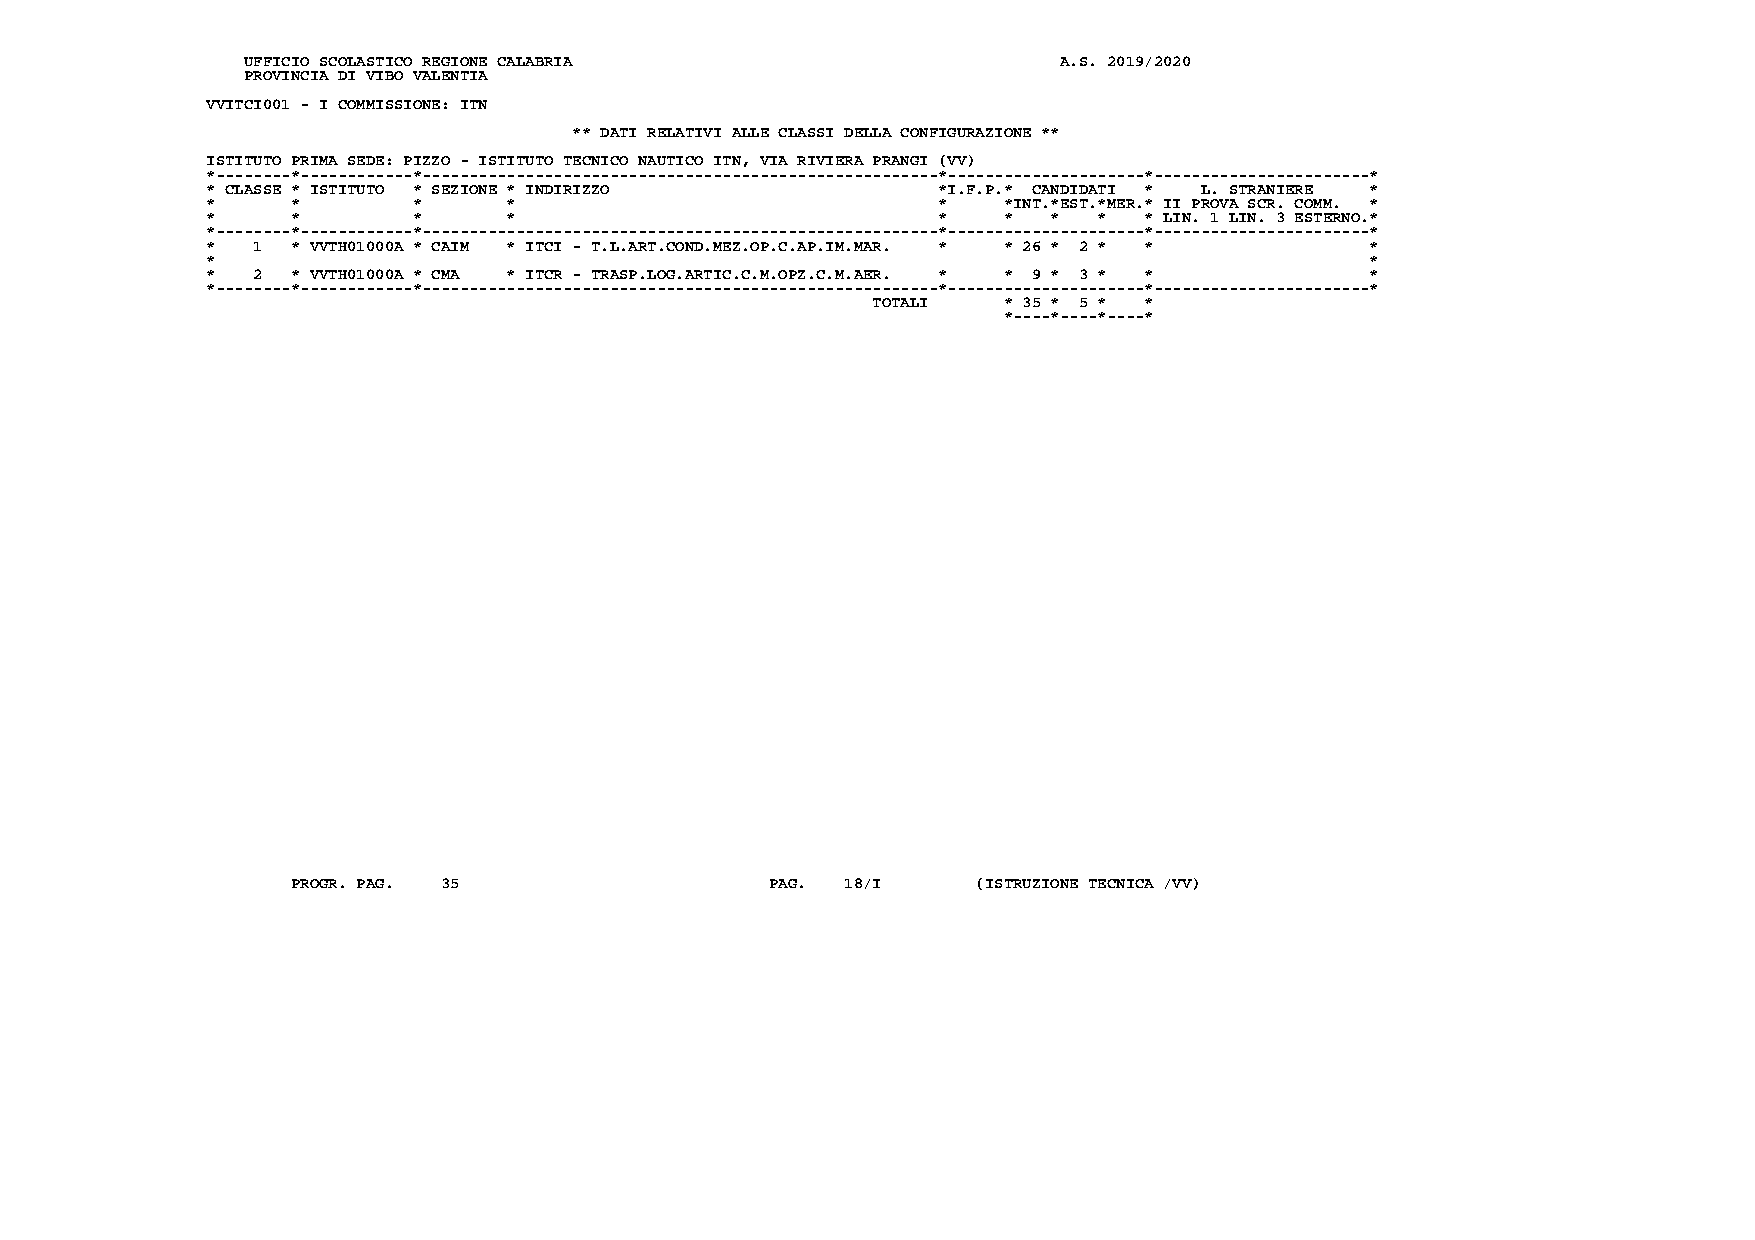
UFFICIO SCOLASTICO REGIONE CALABRIA                   A.S. 2019/2020
 PROVINCIA DI VIBO VALENTIA
 VVITCI001 - I COMMISSIONE: ITN
 ** DATI RELATIVI ALLE CLASSI DELLA CONFIGURAZIONE **
 ISTITUTO PRIMA SEDE: PIZZO - ISTITUTO TECNICO NAUTICO ITN, VIA RIVIERA PRANGI (VV)
 *--------*------------*-------------------------------------------------------*---------------------*-----------------------*
 * CLASSE * ISTITUTO * SEZIONE * INDIRIZZO       *I.F.P.* CANDIDATI * L. STRANIERE *
 *    *       *      *                           *   *INT.*EST.*MER.* II PROVA SCR. COMM. *
 *    *       *      *                           *   *   *  *  * LIN. 1 LIN. 3 ESTERNO.*
 *--------*------------*-------------------------------------------------------*---------------------*-----------------------*
 *  1 * VVTH01000A * CAIM * ITCI - T.L.ART.COND.MEZ.OP.C.AP.IM.MAR. * * 26 * 2 * * *
 *                                                                            *
 *  2 * VVTH01000A * CMA * ITCR - TRASP.LOG.ARTIC.C.M.OPZ.C.M.AER. * * 9 * 3 * * *
 *--------*------------*-------------------------------------------------------*---------------------*-----------------------*
 TOTALI  * 35 * 5 * *
 *----*----*----*
 PROGR. PAG. 35                  PAG. 18/I     (ISTRUZIONE TECNICA /VV)